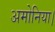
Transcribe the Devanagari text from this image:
अमोनिया।